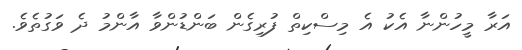
އަރާ މީހުންނާ އެކު އެ މިސްކިތް ފުރިގެން ބަންޑުންވާ އާންމު ދެ ވަގުތެވެ.